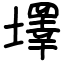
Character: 墿